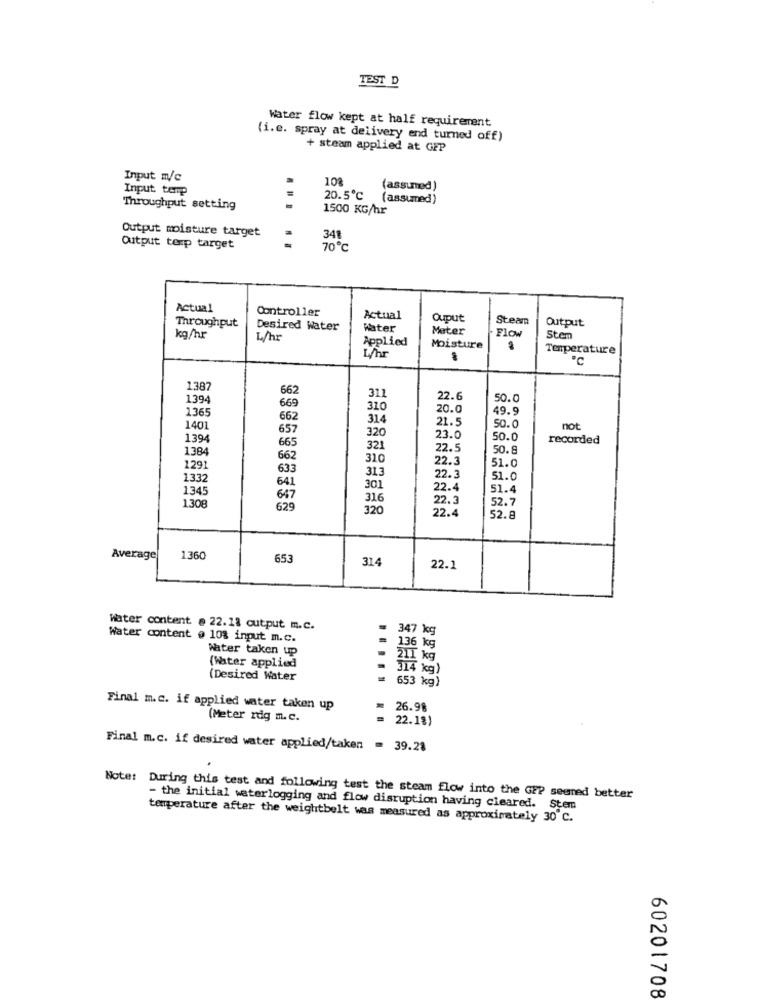
TEST D
Water flow kept at half requirement
(i.e. spray at delivery and turned off)
+ steam applied at GFP
Input m/c
10%
Input, temp
(assumed)
20.5℃
(assumed)
Throughput setting
1500 KG/hr
Output moisture target
348
Output terp target
70℃
Actual
Controller
Actual
Ouput
Steamn
Output
Throughput
Desired Water
Water
Mater
Flow
kg/hr
L/hr
Applied
Sten
Moisture
Temperature
1387
662
1394
311
22.6
50.0
1365
669
310
20.0
49.9
662
314
140
657
21.5
50.0
not
1394
320
23.0
50.0
recorded
138
665
321
22.5
50.8
662
310
22.3
129
633
31.3
51.0
1332
22.3
51.0
1345
641
301
22.4
51.4
647
316
22.3
52.7
1.308
629
320
22.4
52.8
Average
1360
653
314
22.1
Water content @ 22.18 output m.c.
= 347 kg
Water content @ 10% input m.c.
Water taken up
136 kg
(Water applied
211 kg
314 kg)
(Desired Water
653 kg)
Final m.c. if applied water taken up
26.98
(Meter rdg m.c.
22.1%)
Final m.c. if desired water applied/taken = 39.28
Note: During this test and following test the steam flow into the GEP seured better
- the initial waterlogging and flow disruption having cleared. Stem
temperature after the weightbelt was measured as approximately 30 C.
60201708